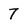
Character: 7